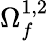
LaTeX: \Omega_{f}^{1,2}